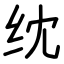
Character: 𬘘